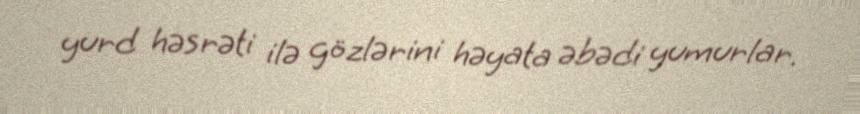
yurd həsrəti ilə gözlərini həyata əbədi yumurlar.